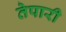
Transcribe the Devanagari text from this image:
तेपारी